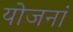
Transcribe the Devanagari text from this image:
योजनां